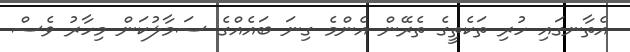
އެތާނގައި ހުރި ތަކެތީގެ ތެރޭން އެންމެ ގިނަ ބައެއްގެ ސަމާލުކަން މިހާރު ވެސް